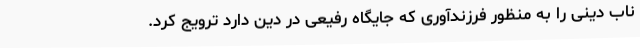
ناب دینی را به منظور فرزندآوری که جایگاه رفیعی در دین دارد ترویج کرد.